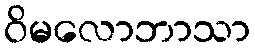
ဝိမလောဘာသာ